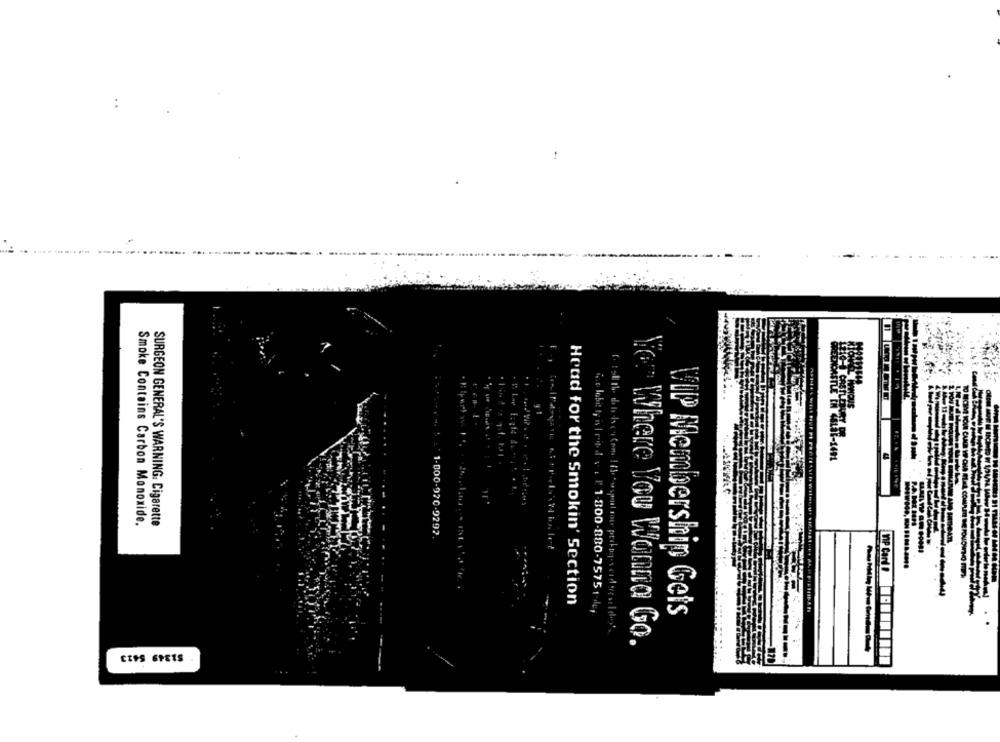
Smoke Contains Carbon Monoxide.
SURGEON GENERAL'S WARNING. Cigarette
1-000-920-9297
Houd for the Smokin' Section
Ce lobit ly strids : l' 1-800-880-7575 ; de,
VIP Membership Gets
f. Eof the dete-Isco Com |the cuspest rou pedig-s codestartdes
Yer Where You Wanna Go.
-----
CIES SPETS.